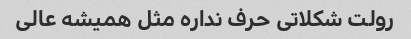
رولت شکلاتی حرف نداره مثل همیشه عالی